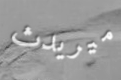
ميريدث